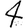
Digit: 4